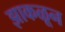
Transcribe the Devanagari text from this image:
झाकळून